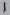
Text: 1